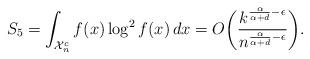
LaTeX: \begin{align*}S_5 = \int_{\mathcal{X}_n^c} f(x) \log^2 f(x) \, dx = O\biggl( \frac{k^{\frac{\alpha}{\alpha+d}-\epsilon}}{n^{\frac{\alpha}{\alpha+d}-\epsilon}} \biggr).\end{align*}